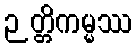
ဉတ္တိကမ္မဿ